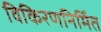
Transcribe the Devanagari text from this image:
विकिरणनिर्मित